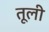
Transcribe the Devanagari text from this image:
तूली